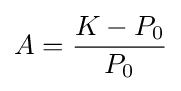
A={\frac {K-P_{0}}{P_{0}}}